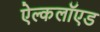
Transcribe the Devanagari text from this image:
ऐल्कलॉएड